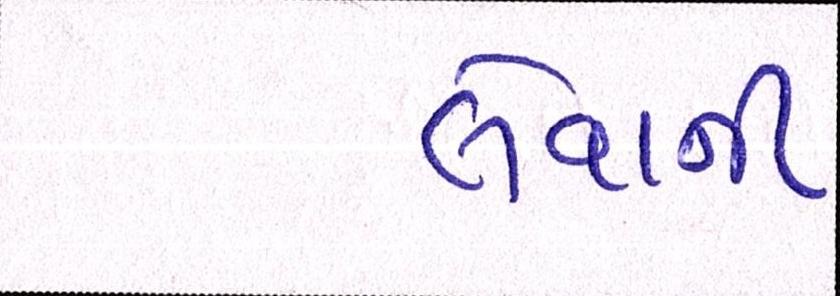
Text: લેવાની